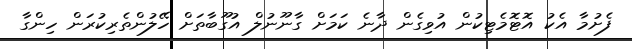
ފެށުމާ އެކު އޮޓޮމެޓިކުން އުވިގެން ދާނެ ކަމަށް ގާނޫނުލް އުގޫބާތަށް ހޭލުންތެރިކުރަން ހިންގާ